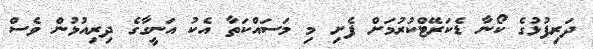
ދަރިފުޅުގެ ކޯނާ ޑެކަރޭޓްކުރުމަށް ފެށި މި މަސައްކަތާ އެކު އަނީގާގެ ދިރިއުޅުން ވެސް